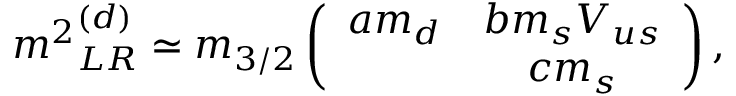
{ m ^ { 2 } } _ { L R } ^ { ( d ) } \simeq m _ { 3 / 2 } \left( \begin{array} { c c } { { a m _ { d } } } & { { b m _ { s } V _ { u s } } } \\ { { } } & { { c m _ { s } } } \end{array} \right) ,